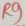
Text: P9